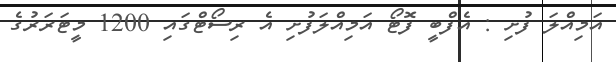
އަމިއްލަ ފުށި : އެފްބީ ފޮޓޯ އަމިއްލަފުށި އެ ރިސޯޓްގައި 1200 މީޓަރަރުގެ